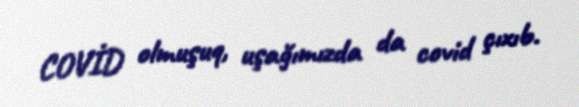
COVİD olmuşuq, uşağımızda da covid çıxıb.